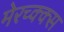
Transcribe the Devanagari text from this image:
मेरच्क्क्स